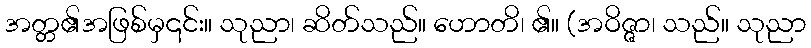
အတ္တ၏အဖြစ်မှ၎င်း။ သုညာ၊ ဆိတ်သည်။ ဟောတိ၊ ၏။ (အဝိဇ္ဇာ၊ သည်။ သုညာ